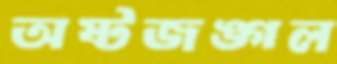
অষ্টজঙ্গল